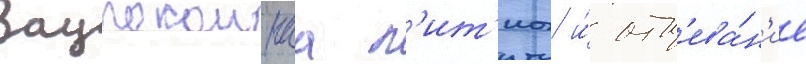
Заупокоинаа л'ит'иа и́ отп'ева́н'ие